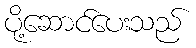
ပို့ဆောင်ပေးသည်